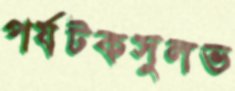
পর্যটকসুলভ